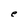
Character: e